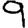
Digit: 9